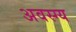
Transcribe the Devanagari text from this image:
अवस्ग्य